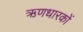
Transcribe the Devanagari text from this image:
ऋणधारकों